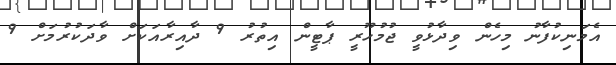
އެމަނިކުފާނު މިހެން ވިދާޅުވީ ޖުމުހޫރީ ޕާޓީން އިތުރު 9 ދާއިރާއަކަށް ވާދަކުރުމަށް 9